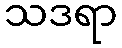
သဒရာ